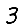
Digit: 3